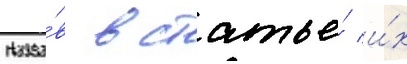
Назва́в в статье́ и́х